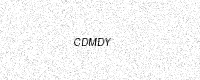
Text: CDMDY